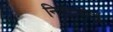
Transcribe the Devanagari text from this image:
निडदवोलु